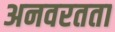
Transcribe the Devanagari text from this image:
अनवरतता